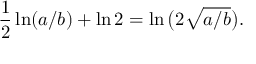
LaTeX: { \frac { 1 } { 2 } } \ln ( a / b ) + \ln 2 = \ln { \bigl ( } 2 { \sqrt { a / b } } { \bigr ) } .